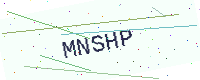
Text: MNSHP